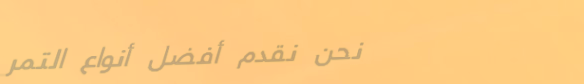
نحن نقدم أفضل أنواع التمر